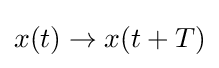
x(t)\to x(t+T)